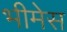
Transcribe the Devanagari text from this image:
भीमेस